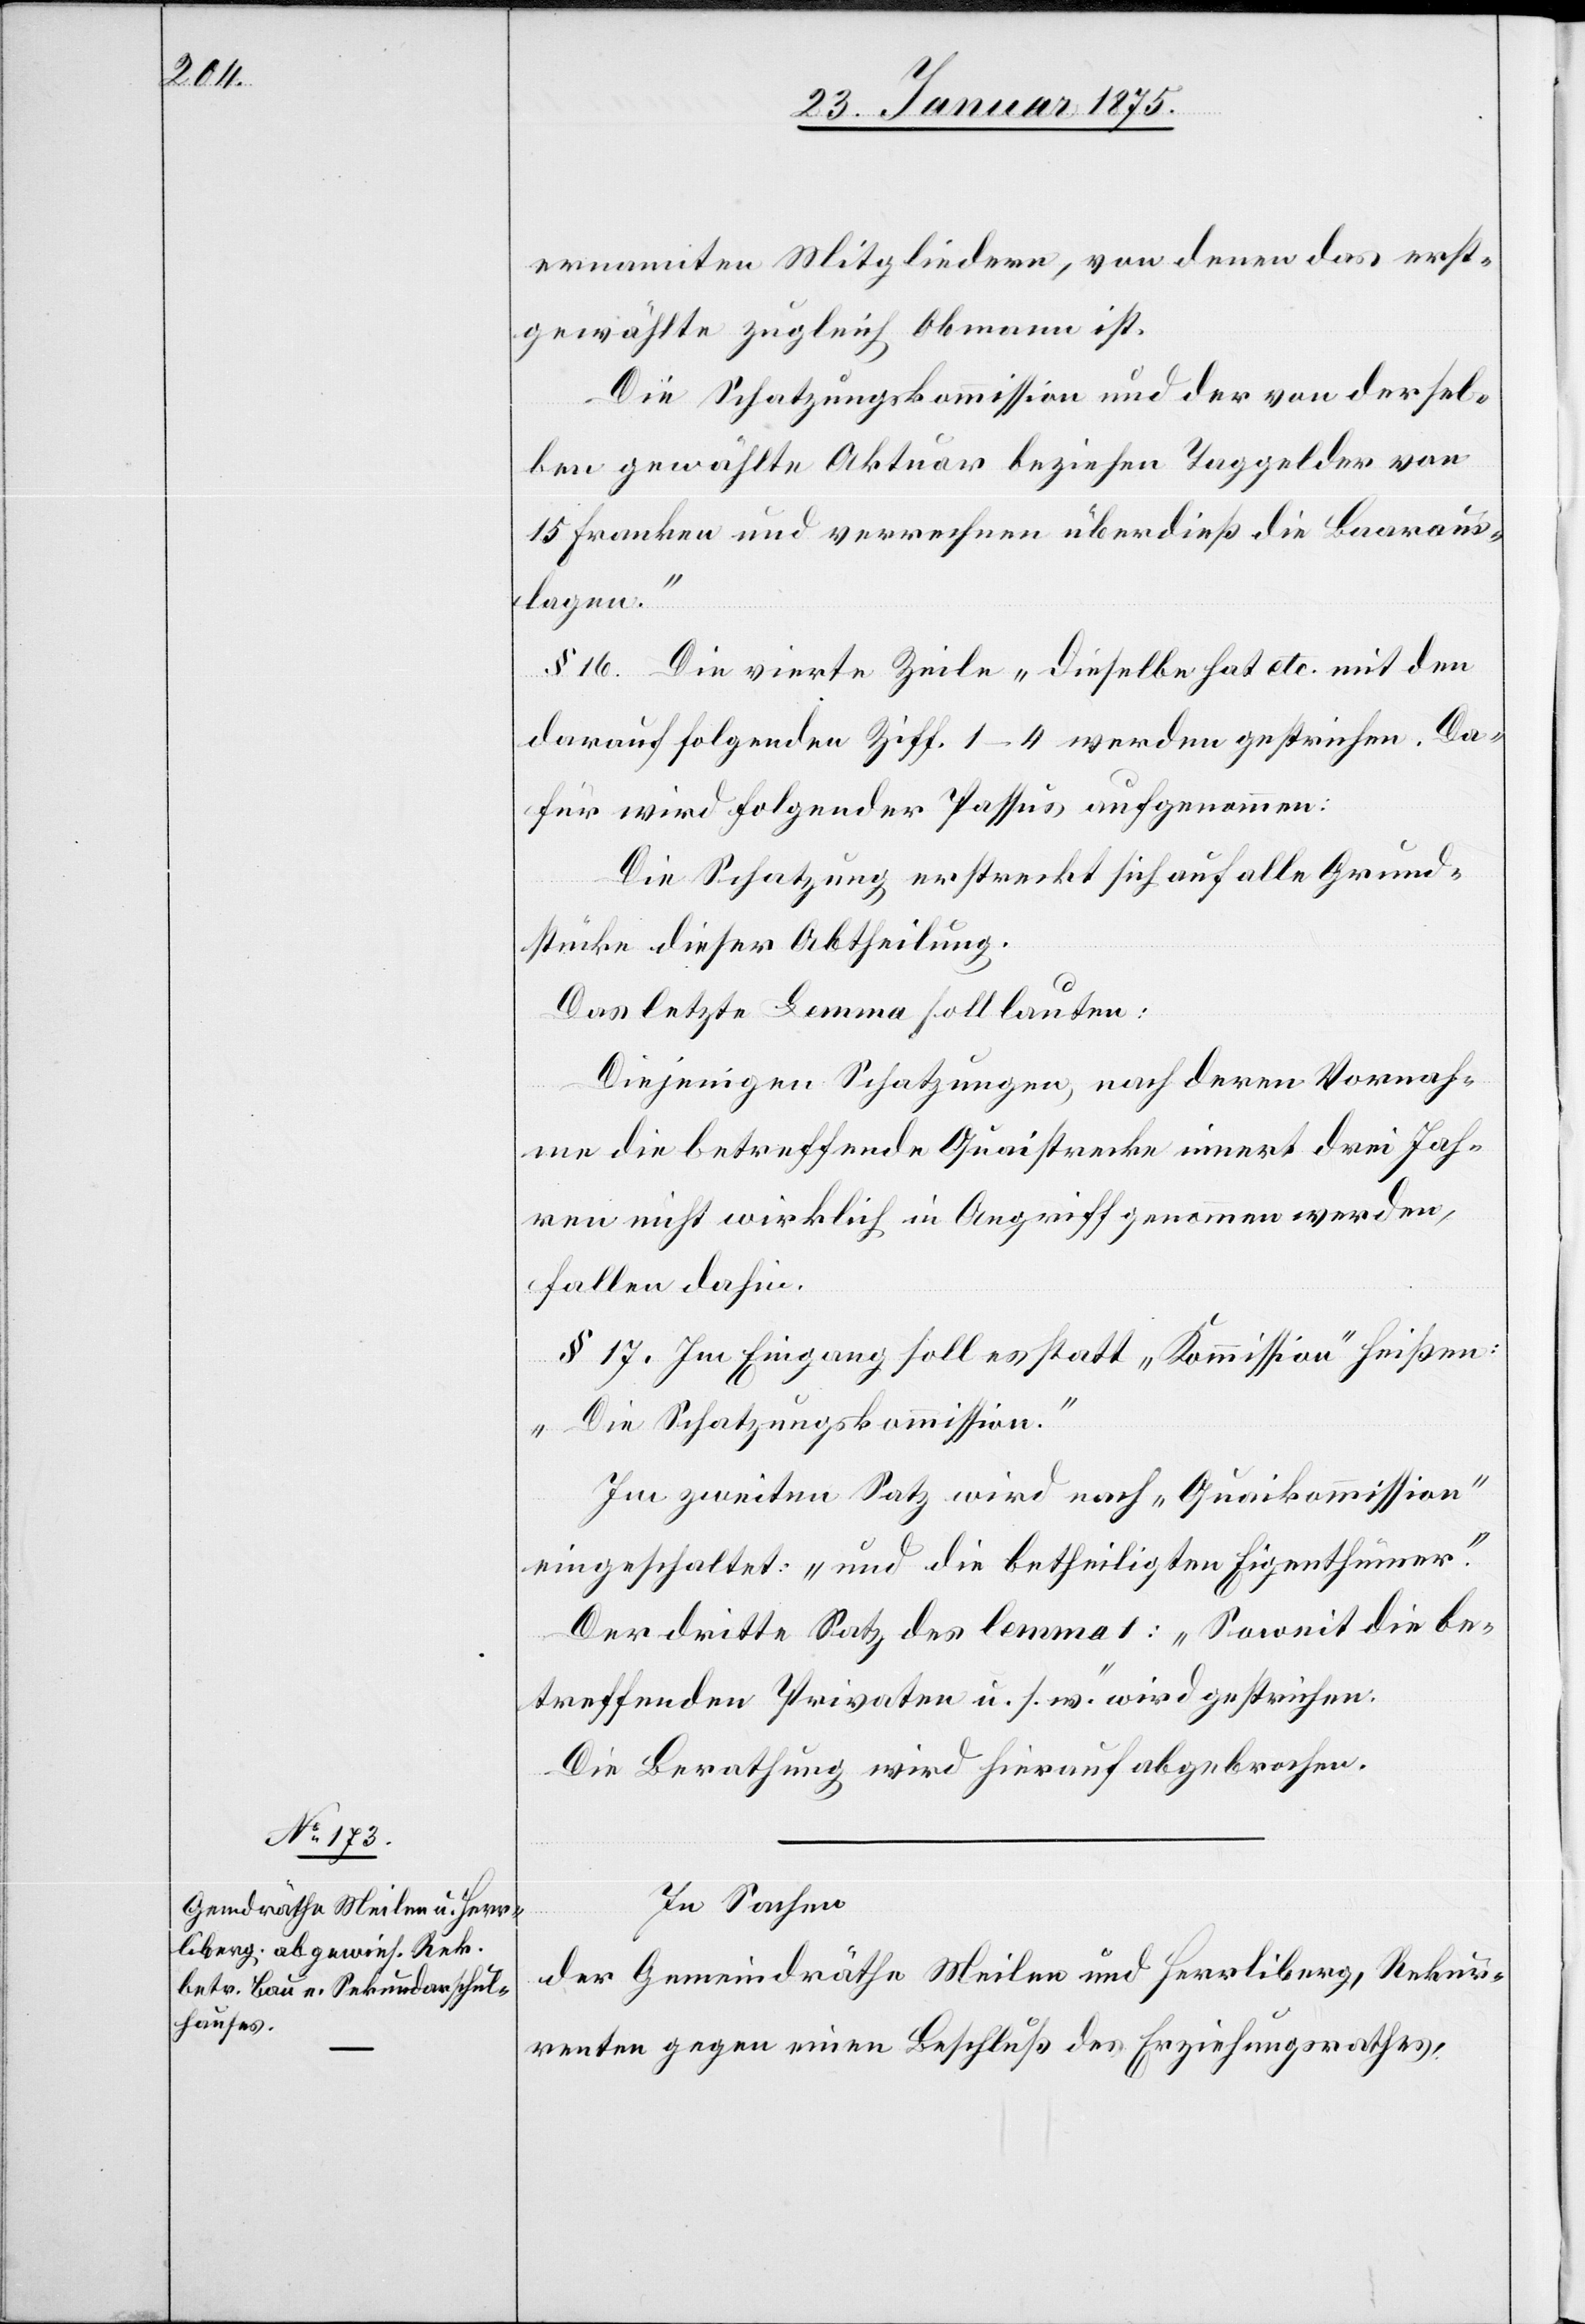
ernannten Mitglieder, von denen da erst¬
gewählte zugleich Obmann ist.
Die Schatzungskommission und der von dersel¬
ben gewählte Aktuar beziehen Taggelder von
15 Franken und verrechnen überdieß die Baaraus¬
lagen.“
§ 16. Die vierte Zeile „Dieselbe hat etc. mit den
darauf folgenden Ziff. 1–4 werden gestrichen. Da¬
für wird folgender Passus aufgenommen:
Die Schatzung erstreckt sich auf alle Grund¬
stücke dieser Abtheilung.
Das letzte Lemma soll lauten:
Diejenigen Schatzungen, nach deren Vornah¬
me die betreffende Quaistrecke innert drei Jah¬
ren nicht wirklich in Angriff genommen werden
fallen dahin.
§ 17. Im Eingang soll es statt „Kommission“ heißen:
„Die Schatzungskommission.“
Im zweiten Satz wird nach „Quaikommission“
eingeschaltet: „und die betheiligten Eigenthümer“.
Der dritte Satz des lemma 1: „Soweit die be¬
treffenden Privaten u. s. w.“ wird gestrichen.
Die Berathung wird hierauf abgebrochen.
In Sachen
der Gemeindräthe Meilen und Herrliberg, Rekur¬
renten gegen einen Beschluß des Erziehungsrathes,